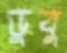
ডুবু